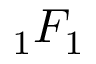
{ } _ { 1 } F _ { 1 }